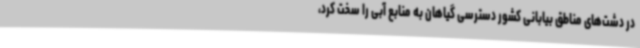
در دشت‌های مناطق بیابانی کشور دسترسی گیاهان به منابع آبی را سخت کرد،